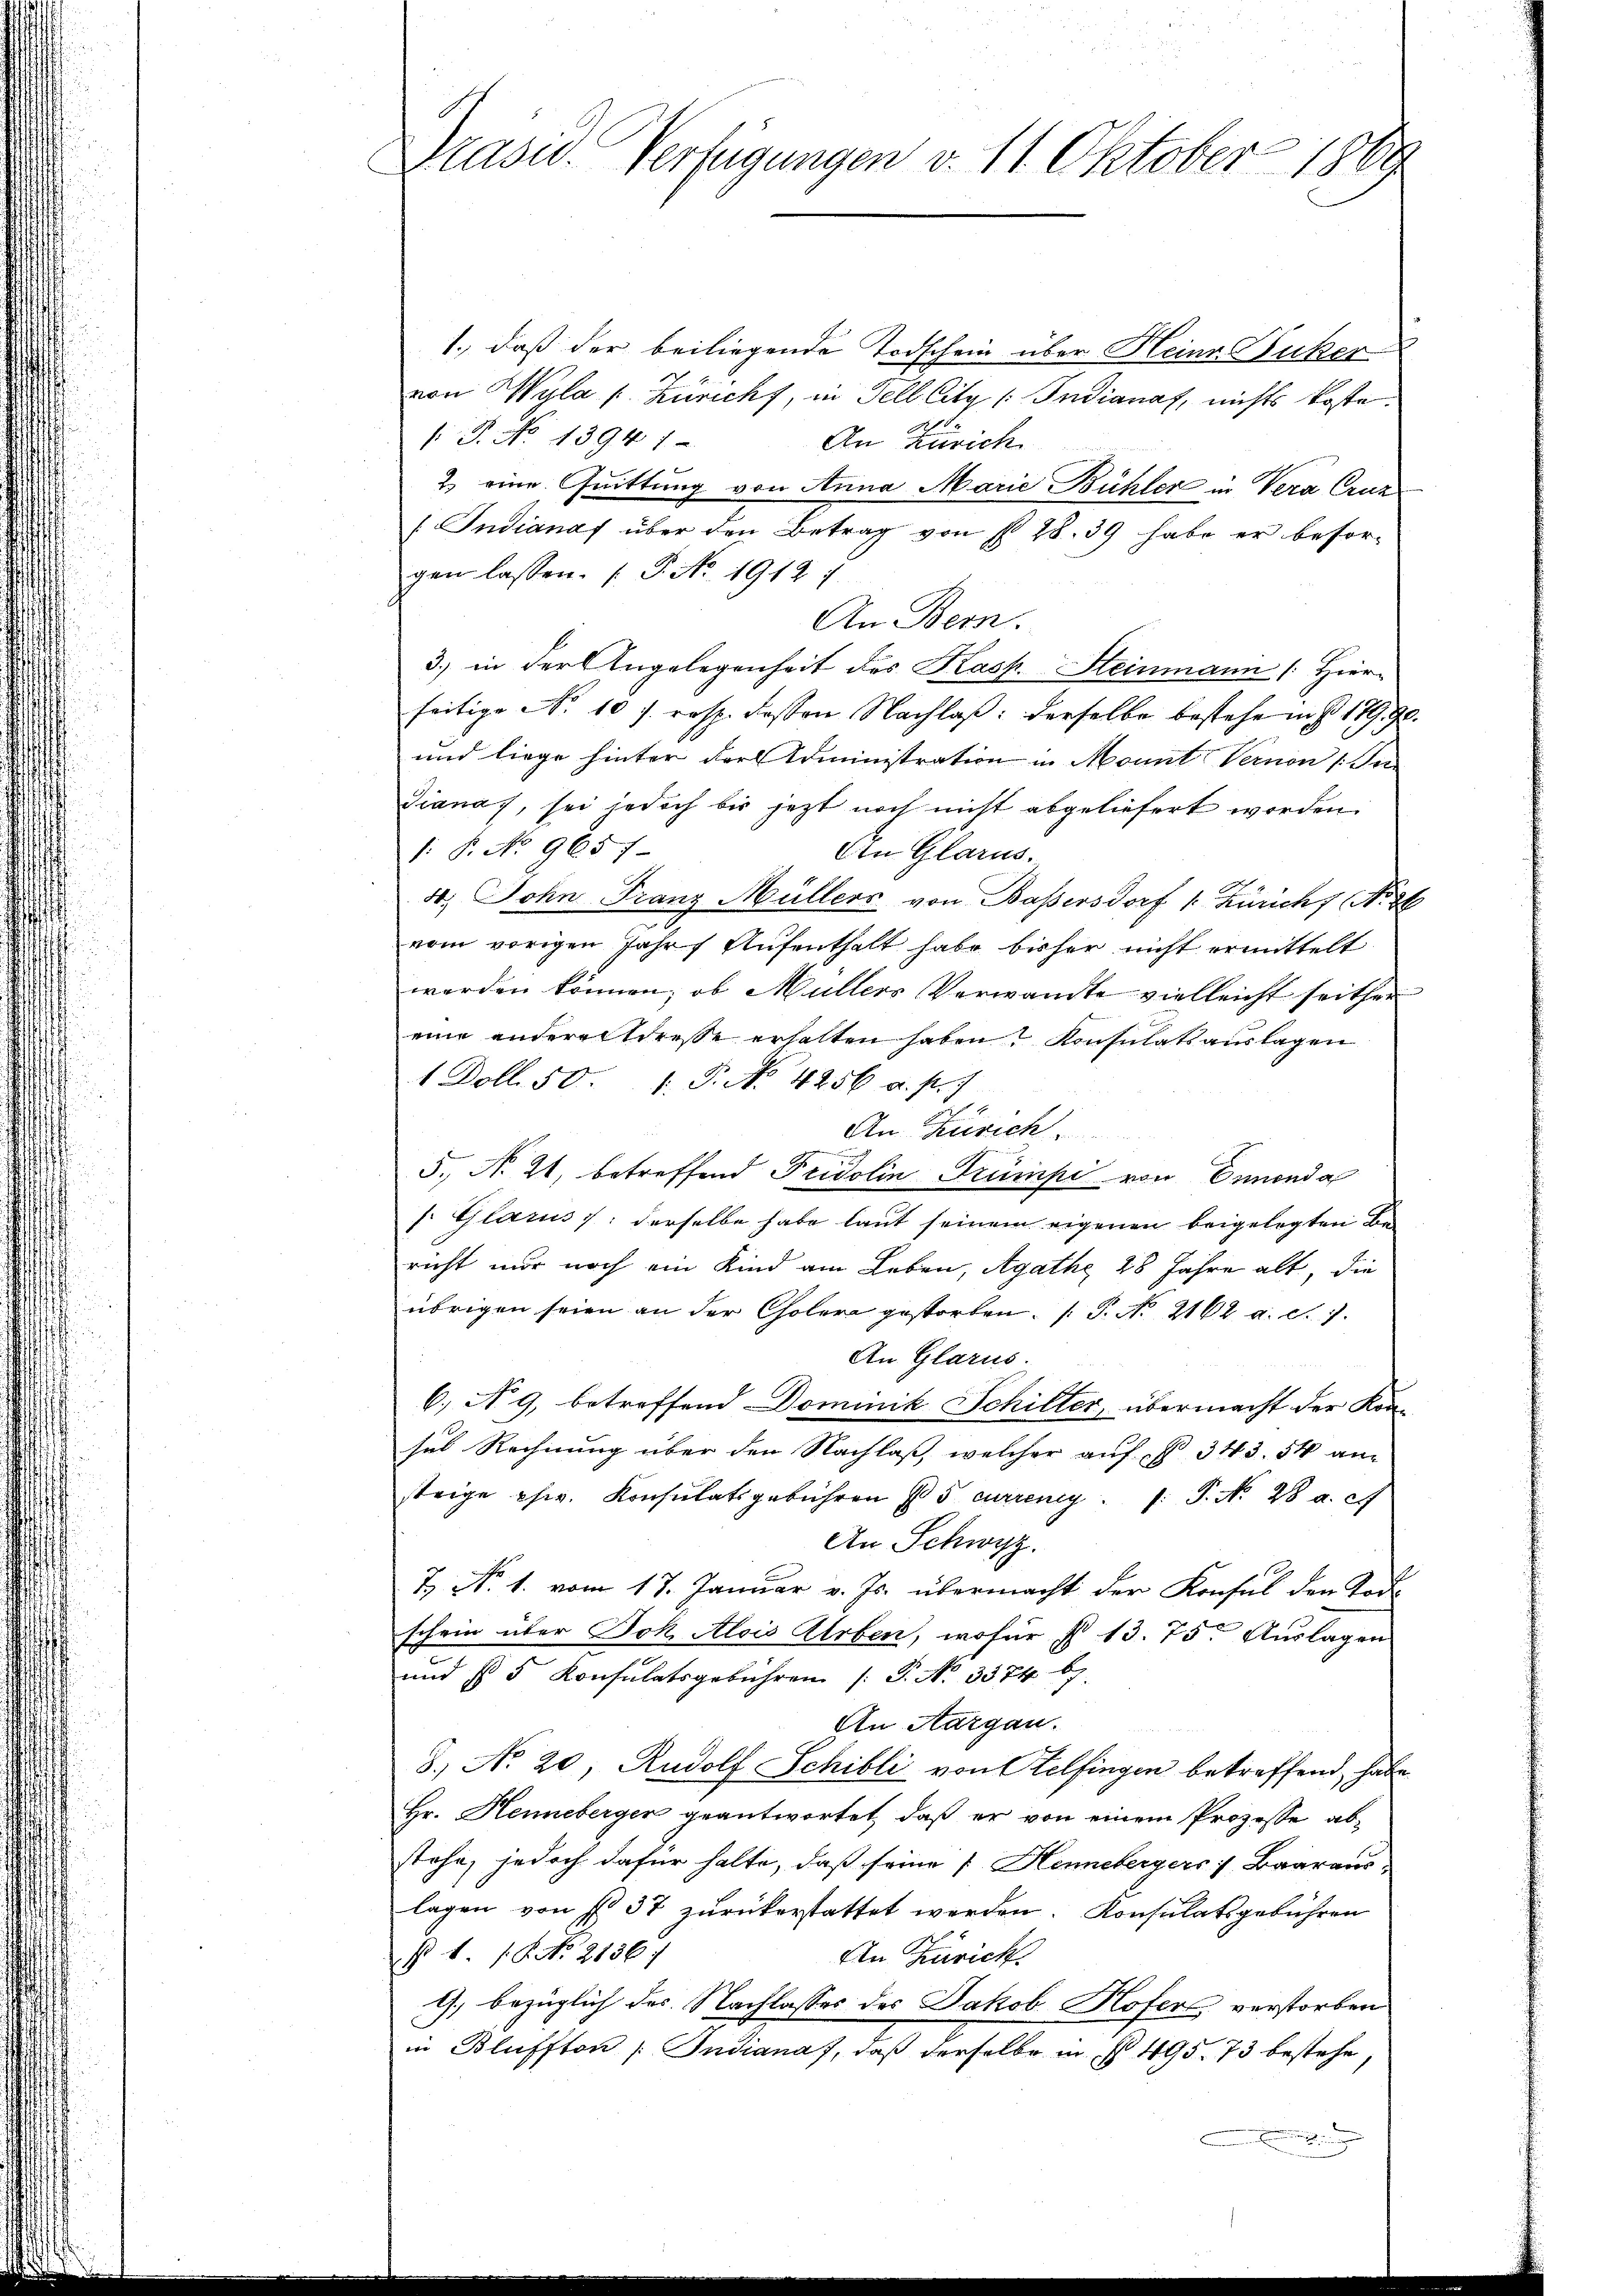
Prase Verfügungen v. 11. Oktober 1889

1., daß der beiliegende Todschein über Heine Zuker
von Wyla u Züricht, in Fell City / Indianaf, nichts koste.
s P. No 1394 1
An Zürich
2) eine Quittung von Anna Marie Bühler in Vera Cruz
/ Indianaf über den Betrag von § 28. 39 habe er besorgen lassen. (T. No. 1912 i
An Bern.
3.) in der Angelegenheit des Kasp. Heinmann [Hier-
seitige No 10 s. resp. dassen Nachlaβ: derselbe bestehe in § 179. 90.
und liege hinter der Administration in Monnt Vernen (In
Dianaf, sei jedoch bis jetzt noch nicht abgeliefert worden.
1: P. No. 9657
Ain Glarus.
4, Sohn Franz Müllers von Baßersdorf 1. Züricht No. 26
vom vorigen Jahr Aufenthalt habe bisher nicht ermittelt
werden können, ob Müllers Verwandte vielleicht seither
eine anderart dresse erhalten haben? Konsulats auslagen
1 Doll. 50. 1. P. No. 4256 a. p. 1
An Zürich
h
5. No 21. betreffend Fridolin Trumpi von Ennonda
f. Glarus: derselbe habe laut seinem eigenen beigelegten Bericht nur noch ein Kind am Leben, Agathe 28 Jahre alt, die
übrigen seien an der Cholera gestorben. (T. No. 2162. a. d. 7.
An Glarus.
6, N. 9, betreffend Dominik Schiller, übermacht der Kon-
sus Rechnung über den Nachlaß, welcher auf § 343. 54 an
strige chw. Konsulatsgebühren No 5 curreny . . P. No 28 a. c.
An Schwyz.
& No. 1. vom 17. Januar v. Js. übermacht der Konsul den Kerschein über Joh. Alois Arben, wofür § 13. 75. Auslagen
und § 5 Konsulatsgebühren (T. No 3374. 67.
An Aargau.
8. No 20. Rudolf Schibli von Stelfingen betreffend, habe
Hr. Henneberger geantwortet, daß er von einem Prozesse abstehe, jedoch dafür halte, daß seine [ Hennebergers Baaraus-
lagen von § 37 zurückerstattet werden. Konsulatsgebühren
§. 1. No. 2136)
An Zürich
1) bezüglich des Nachlasses des Jakob Hofers verstorben
in Blüffton Indianaf, daß derselbe in § 495. 73 bestehe,
g